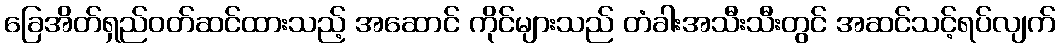
ခြေအိတ်ရှည်ဝတ်ဆင်ထားသည့် အဆောင် ကိုင်များသည် တံခါးအသီးသီးတွင် အဆင်သင့်ရပ်လျက်